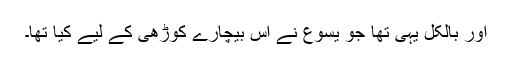
اور بالکل یہی تھا جو یسوع نے اُس بیچارے کوڑھی کے لیے کیا تھا۔